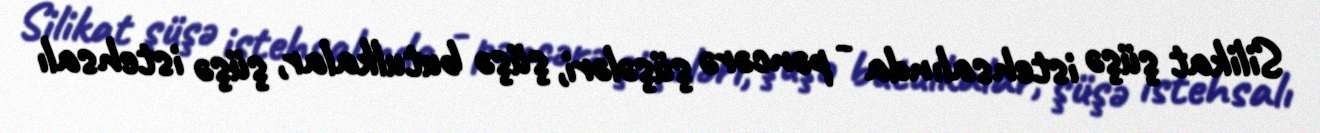
Silikat şüşə istehsalında - pəncərə şüşələri, şüşə butulkalar, şüşə istehsalı